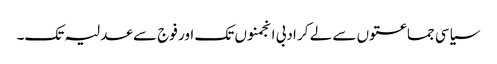
سیاسی جماعتوں سے لے کر ادبی انجمنوں تک اور فوج سے عدلیہ تک۔